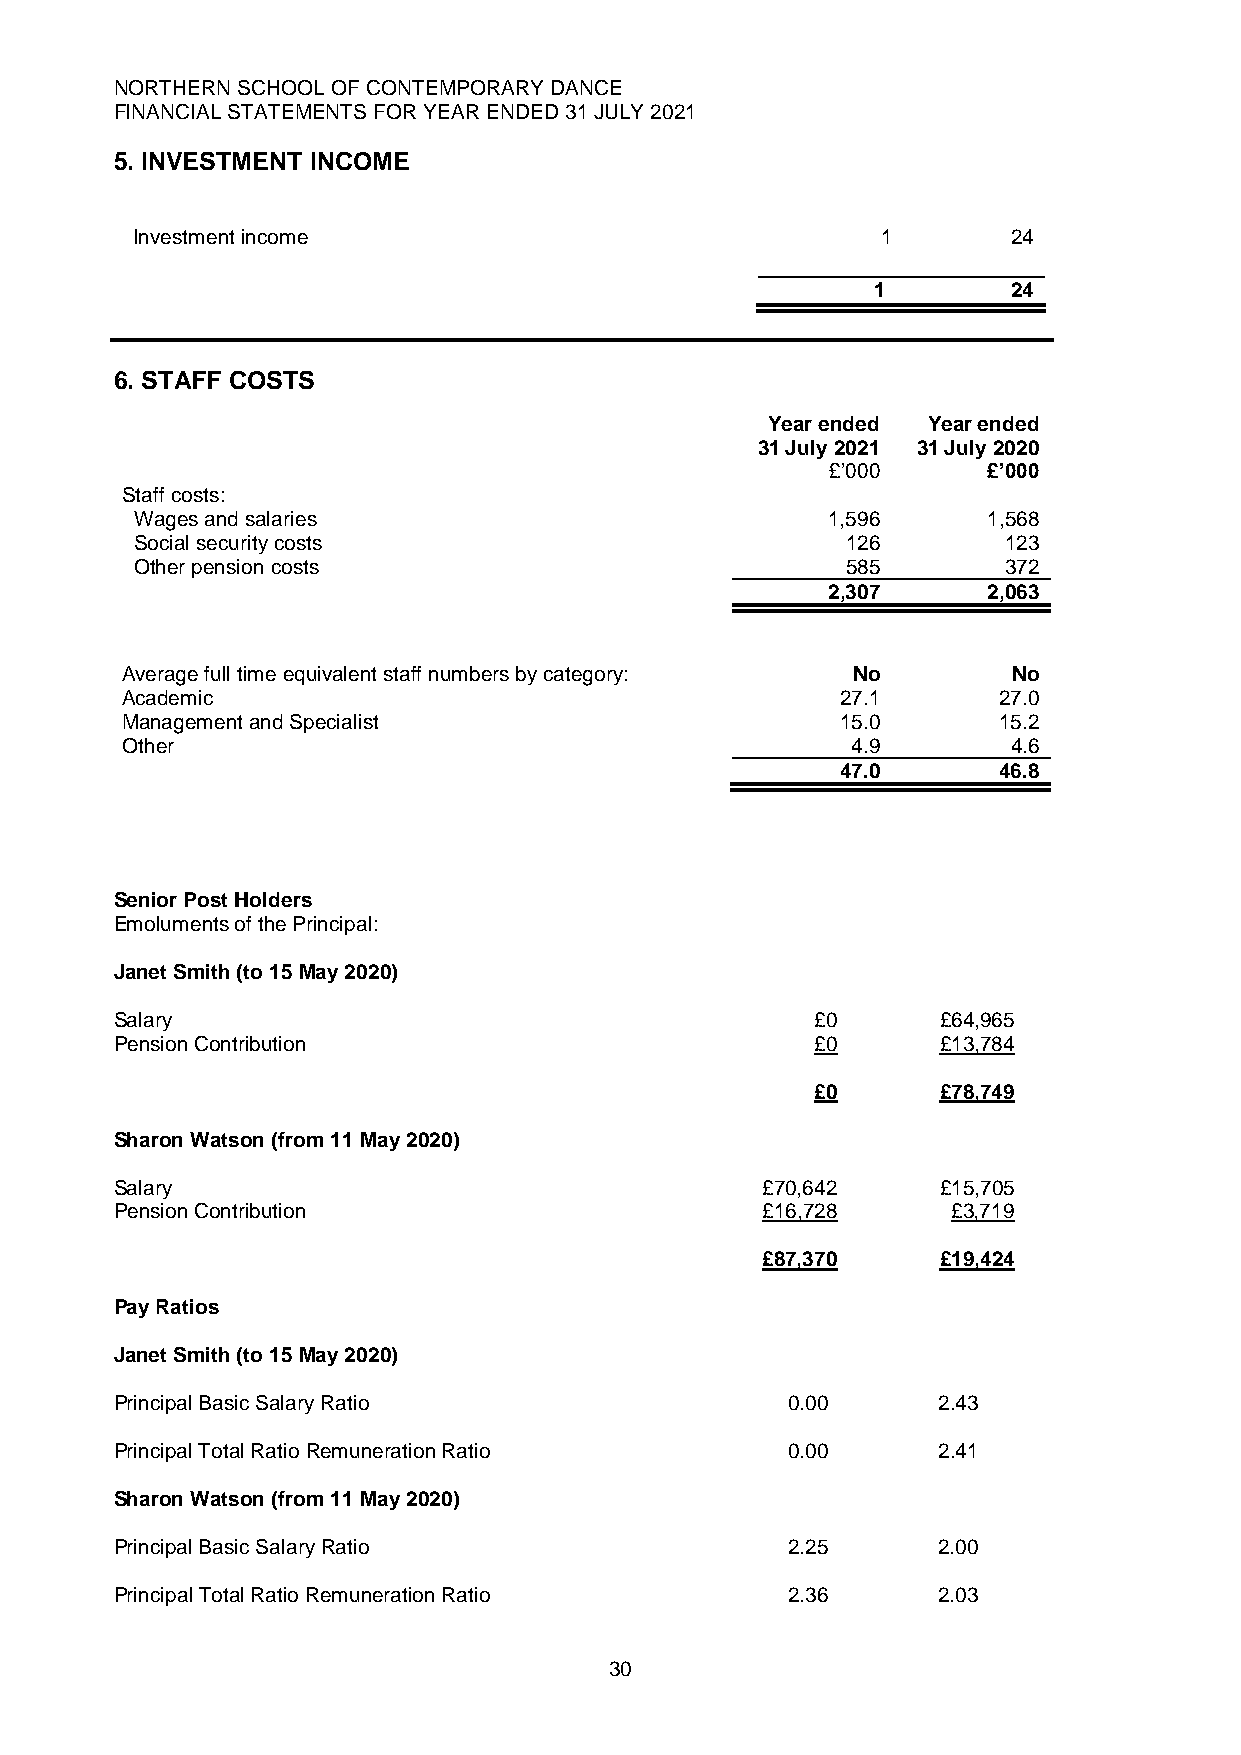
NORTHERN SCHOOL OF CONTEMPORARY DANCE
 FINANCIAL STATEMENTS FOR YEAR ENDED 31 JULY 2021
 5. INVESTMENT INCOME
 Investment income                                1        24
 1        24
 6. STAFF COSTS
 Year ended Year ended
 31 July 2021 31 July 2020
 £’000     £’000
 Staff costs:
 Wages and salaries                            1,596     1,568
 Social security costs                          126       123
 Other pension costs                            585       372
 2,307     2,063
 Average full time equivalent staff numbers by category: No No
 Academic                                        27.1      27.0
 Management and Specialist                       15.0      15.2
 Other                                           4.9        4.6
 47.0      46.8
 Senior Post Holders
 Emoluments of the Principal:
 Janet Smith (to 15 May 2020)
 Salary                                        £0      £64,965
 Pension Contribution                          £0      £13,784
 £0      £78,749
 Sharon Watson (from 11 May 2020)
 Salary                                    £70,642     £15,705
 Pension Contribution                      £16,728      £3,719
 £87,370     £19,424
 Pay Ratios
 Janet Smith (to 15 May 2020)
 Principal Basic Salary Ratio                0.00      2.43
 Principal Total Ratio Remuneration Ratio    0.00      2.41
 Sharon Watson (from 11 May 2020)
 Principal Basic Salary Ratio                2.25      2.00
 Principal Total Ratio Remuneration Ratio    2.36      2.03
 30